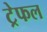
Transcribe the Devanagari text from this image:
ट्रेफल